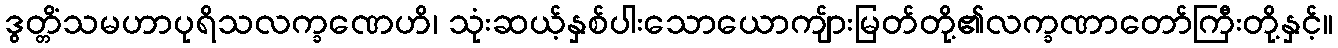
ဒွတ္တိံသမဟာပုရိသလက္ခဏေဟိ၊ သုံးဆယ့်နှစ်ပါးသောယောကျ်ားမြတ်တို့၏လက္ခဏာတော်ကြီးတို့နှင့်။